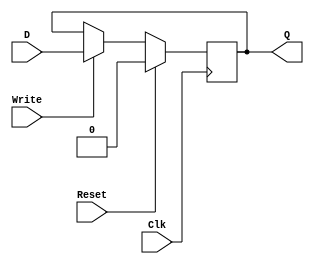
//D Flip-flop
module DFF(D,     // DFF Input
           Q,     // DFF Output
			  Write, // Only accept input when this is set
			  Reset, // Synchronous Reset
			  Clk);  // Clock

	//-------------Input Ports-----------------------------
	input D;
	input Write;
	input Reset;
	input Clk;
	//-------------Output Ports----------------------------
	output Q;
	//-------------Wires-----------------------------------
	//-------------Other-----------------------------------
	reg data;
	//------------Code Starts Here-------------------------
	assign Q= data;
	always @ (posedge Clk)
	if (Reset) begin
		data <= 1'b0;
	end  else begin
		if(Write)
			data <= D; 
	end
endmodule